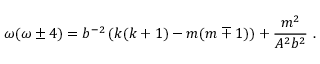
\omega ( \omega \pm 4 ) = b ^ { - 2 } \left( k ( k + 1 ) - m ( m \mp 1 ) \right) + \frac { m ^ { 2 } } { A ^ { 2 } b ^ { 2 } } \ .